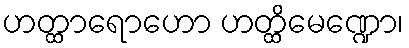
ဟတ္ထာရောဟော ဟတ္ထိမေဏ္ဍော၊